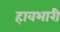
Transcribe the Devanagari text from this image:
हावभारी